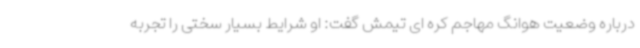
درباره وضعیت هوانگ مهاجم کره ای تیمش گفت: او شرایط بسیار سختی را تجربه